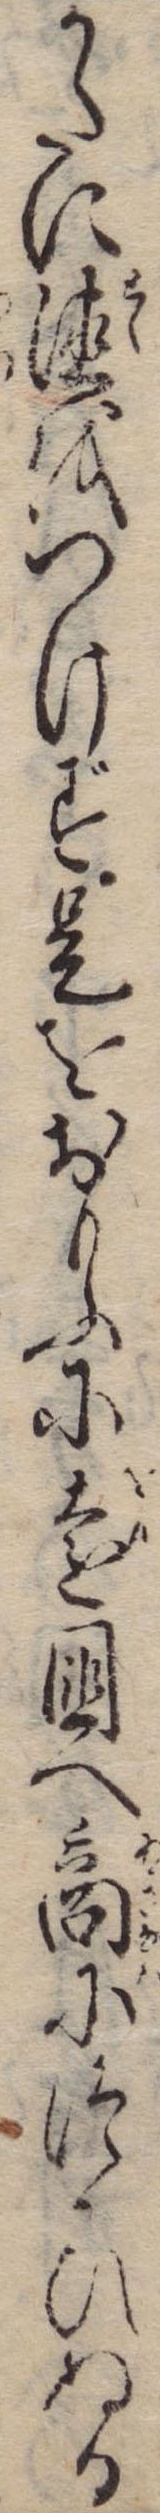
かたに徳をつけず是をおもふに遠国へ商につひぬる